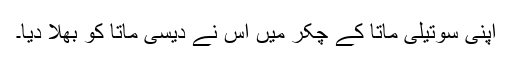
اپنی سوتیلی ماتا کے چکر میں اس نے دیسی ماتا کو بھلا دیا۔